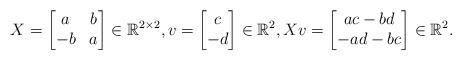
LaTeX: \begin{align*}X=\begin{bmatrix}a & b\\-b & a\end{bmatrix} \in \mathbb{R}^{2 \times 2},v=\begin{bmatrix}c \\-d\end{bmatrix} \in \mathbb{R}^2,Xv=\begin{bmatrix}ac-bd\\-ad-bc\end{bmatrix} \in \mathbb{R}^2.\end{align*}